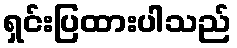
ရှင်းပြထားပါသည်